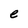
Character: e